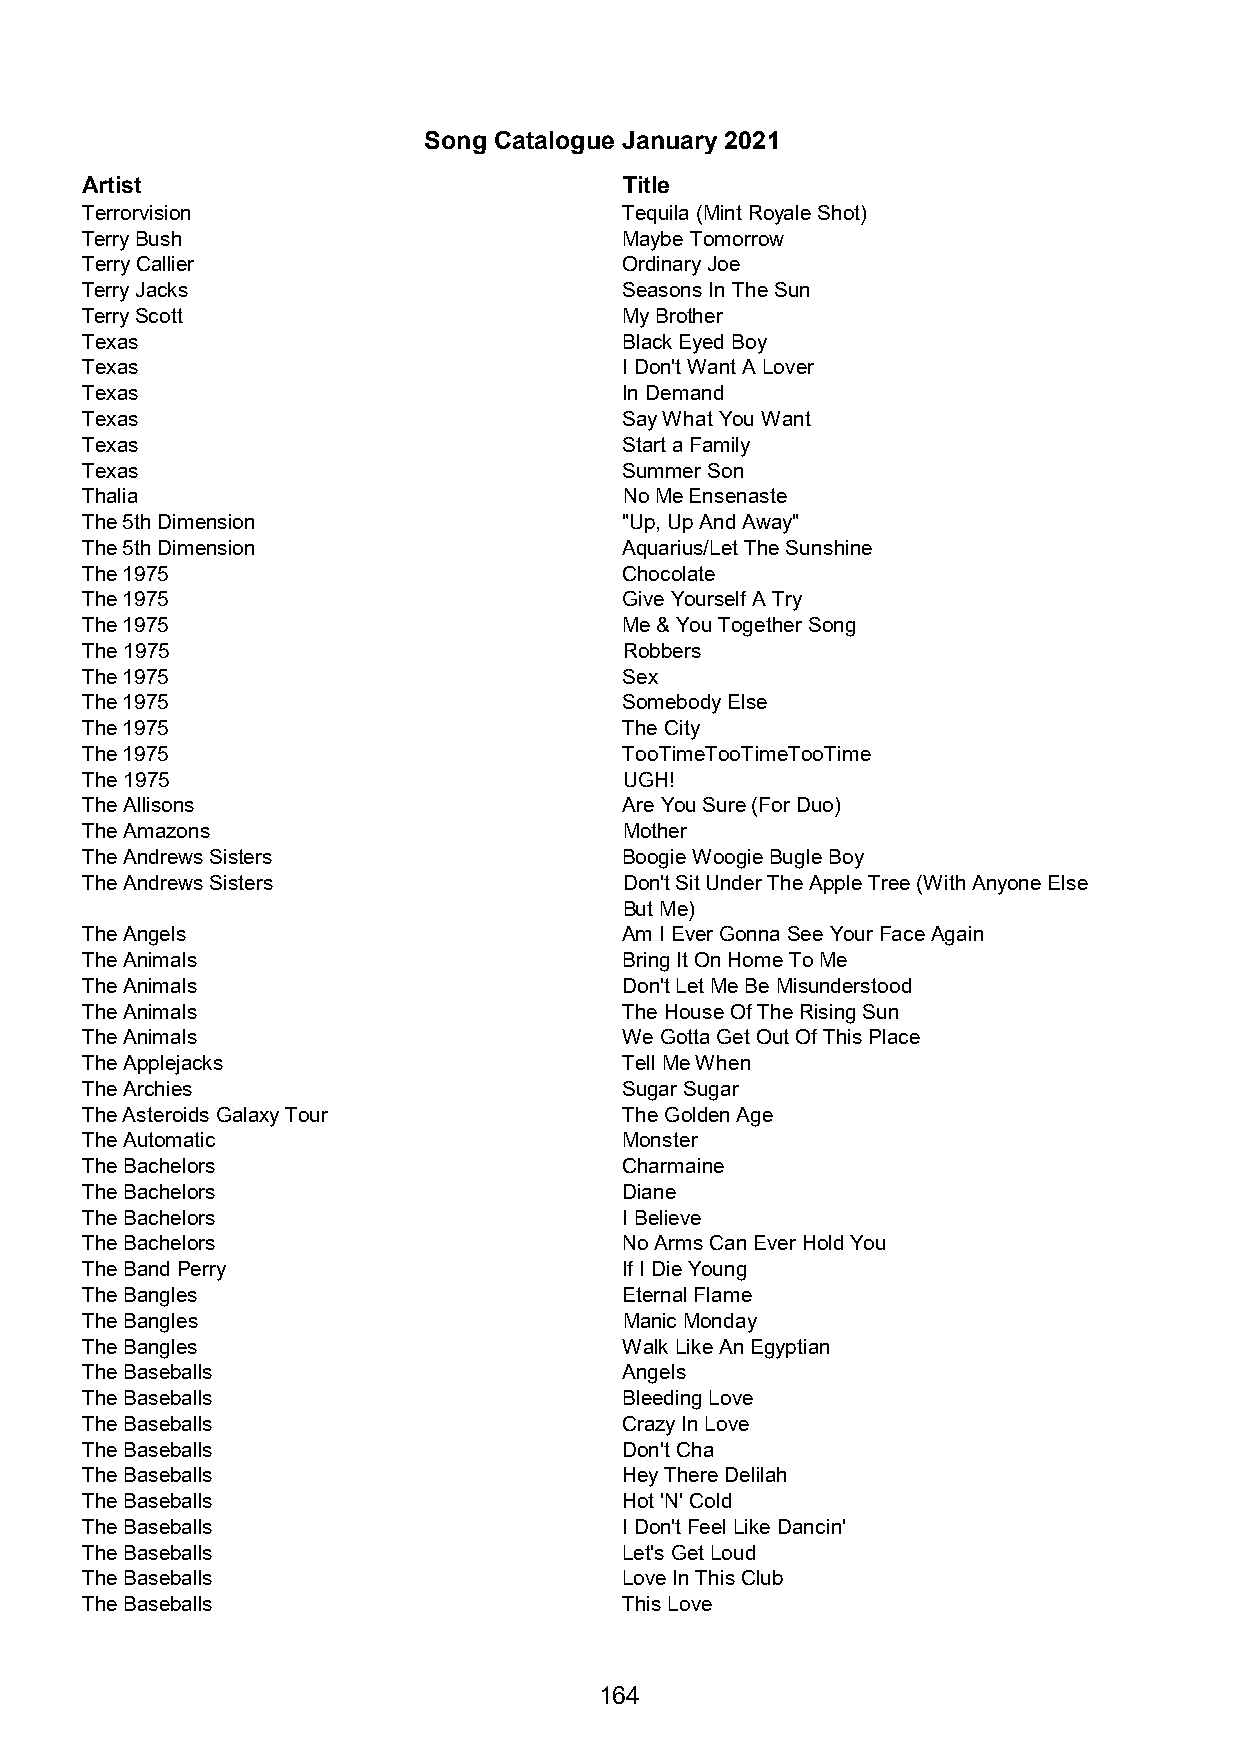
Song Catalogue January 2021
 Artist                              Title
 Terrorvision                        Tequila (Mint Royale Shot)
 Terry Bush                          Maybe Tomorrow
 Terry Callier                       Ordinary Joe
 Terry Jacks                         Seasons In The Sun
 Terry Scott                         My Brother
 Texas                               Black Eyed Boy
 Texas                               I Don't Want A Lover
 Texas                               In Demand
 Texas                               Say What You Want
 Texas                               Start a Family
 Texas                               Summer Son
 Thalia                              No Me Ensenaste
 The 5th Dimension                   "Up, Up And Away"
 The 5th Dimension                   Aquarius/Let The Sunshine
 The 1975                            Chocolate
 The 1975                            Give Yourself A Try
 The 1975                            Me & You Together Song
 The 1975                            Robbers
 The 1975                            Sex
 The 1975                            Somebody Else
 The 1975                            The City
 The 1975                            TooTimeTooTimeTooTime
 The 1975                            UGH!
 The Allisons                        Are You Sure (For Duo)
 The Amazons                         Mother
 The Andrews Sisters                 Boogie Woogie Bugle Boy
 The Andrews Sisters                 Don't Sit Under The Apple Tree (With Anyone Else
 But Me)
 The Angels                          Am I Ever Gonna See Your Face Again
 The Animals                         Bring It On Home To Me
 The Animals                         Don't Let Me Be Misunderstood
 The Animals                         The House Of The Rising Sun
 The Animals                         We Gotta Get Out Of This Place
 The Applejacks                      Tell Me When
 The Archies                         Sugar Sugar
 The Asteroids Galaxy Tour           The Golden Age
 The Automatic                       Monster
 The Bachelors                       Charmaine
 The Bachelors                       Diane
 The Bachelors                       I Believe
 The Bachelors                       No Arms Can Ever Hold You
 The Band Perry                      If I Die Young
 The Bangles                         Eternal Flame
 The Bangles                         Manic Monday
 The Bangles                         Walk Like An Egyptian
 The Baseballs                       Angels
 The Baseballs                       Bleeding Love
 The Baseballs                       Crazy In Love
 The Baseballs                       Don't Cha
 The Baseballs                       Hey There Delilah
 The Baseballs                       Hot 'N' Cold
 The Baseballs                       I Don't Feel Like Dancin'
 The Baseballs                       Let's Get Loud
 The Baseballs                       Love In This Club
 The Baseballs                       This Love
 164